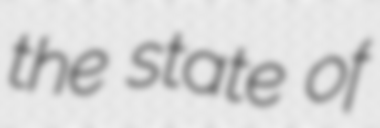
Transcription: the state of